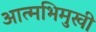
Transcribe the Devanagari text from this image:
आत्मभिमुखी